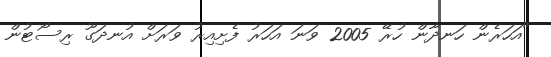
"އަހަރެން ހަނދާން ހުރޭ 2005 ވަނަ އަހަރު ފެށިއިރު ވަރަށް އުނދަގޫ ރިސޯޓުން